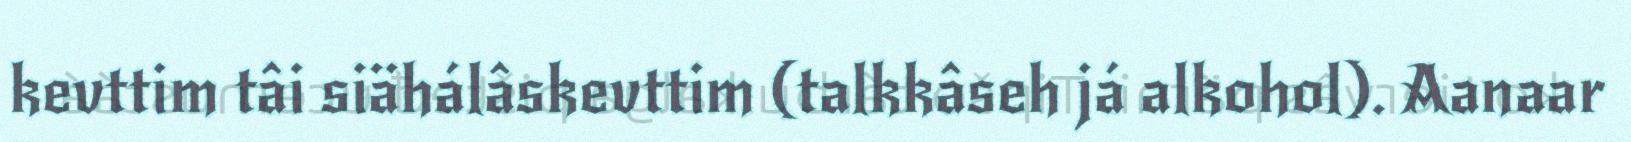
kevttim tâi siähálâskevttim (talkkâseh já alkohol). Aanaar